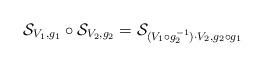
LaTeX: \begin{align*}\mathcal{S}_{V_1,g_1}\circ\mathcal{S}_{V_2,g_2}=\mathcal{S}_{(V_1\circ{g_2^{-1}})\cdot{V_2},g_2\circ{g}_1}\end{align*}